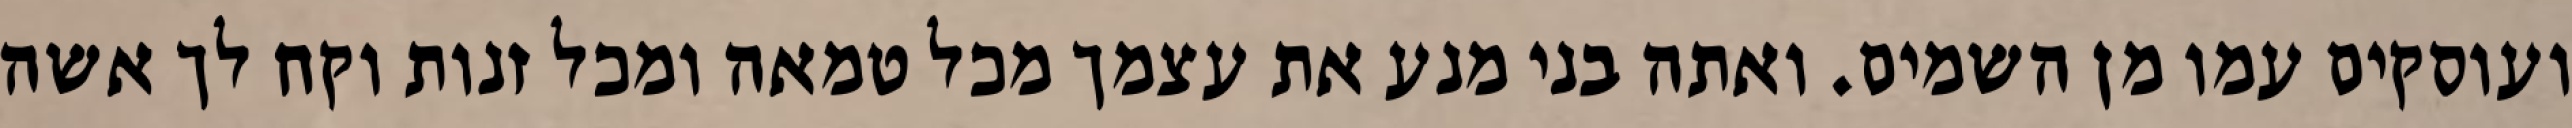
ועוסקים עמו מן השמים. ואתה בני מנע את עצמך מכל טמאה ומכל זנות וקח לך אשה